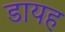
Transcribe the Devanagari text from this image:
डायह